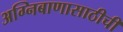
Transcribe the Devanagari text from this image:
अग्निबाणासाठीची